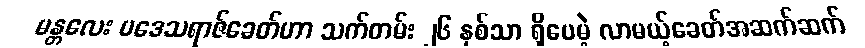
မန္တလေး ပဒေသရာဇ်ခေတ်ဟာ သက်တမ်း ၂၆ နှစ်သာ ရှိပေမဲ့ လာမယ့်ခေတ်အဆက်ဆက်